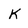
Character: K